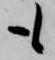
も